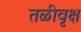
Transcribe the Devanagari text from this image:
तळीवृक्ष